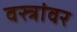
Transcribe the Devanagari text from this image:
वस्त्रांवर